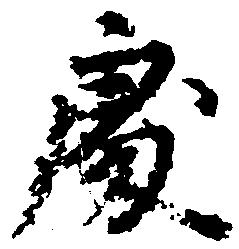
令